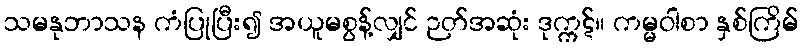
သမနုဘာသန ကံပြုပြီး၍ အယူမစွန့်လျှင် ဉတ်အဆုံး ဒုက္ကဋ်။ ကမ္မဝါစာ နှစ်ကြိမ်